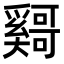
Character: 𫰄